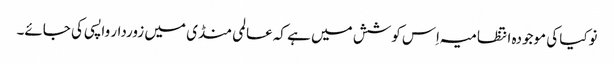
نوکیا کی موجودہ انتظامیہ اِس کوشش میں ہے کہ عالمی منڈی میں زوردار واپسی کی جائے۔